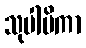
သုပါပိကာ